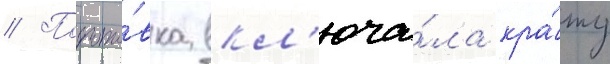
// Подгото́вка вкл'юча́ла кра́жу